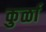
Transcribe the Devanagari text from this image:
कुर्ळा